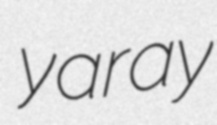
yaray